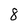
Character: 8